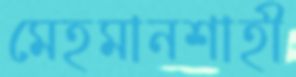
মেহমানশাহী